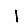
Digit: 1